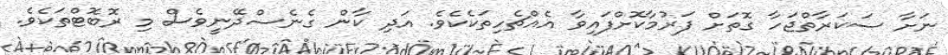
ނަށާ ސަކަރާތްޖަހާ ގޮތަށް ފަރުމާކޮށްފައިވާ އެއްޗެހިތަކެކެވެ. އަދި ކާން ގެނެސްދޭނީވެސް މި ރޮބޮޓްތަކެވެ.